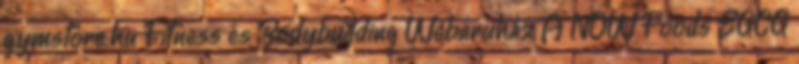
gymstore.hu Fitness és Bodybuilding Webáruház A NOW Foods EGCG